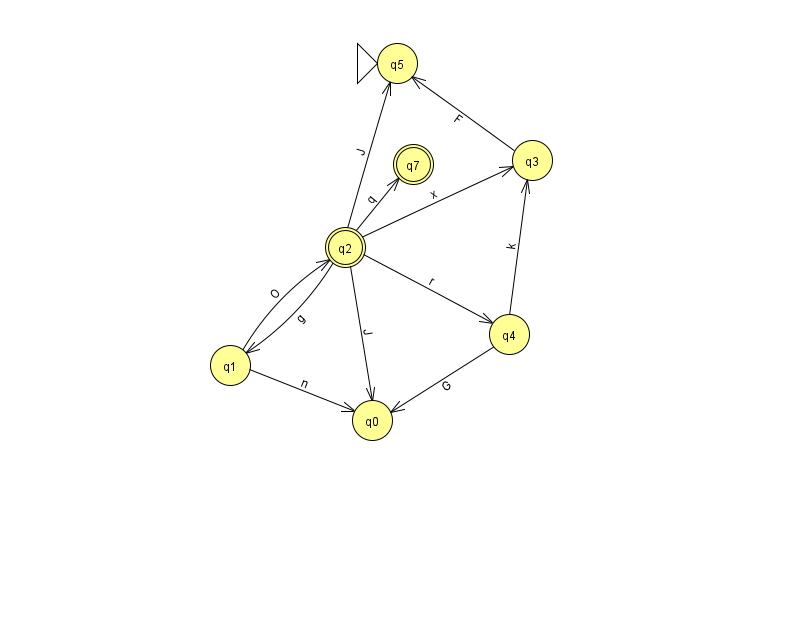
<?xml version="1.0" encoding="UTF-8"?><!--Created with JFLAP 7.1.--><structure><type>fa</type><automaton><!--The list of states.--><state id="0" name="q0"><x>372.0</x><y>407.0</y></state><state id="1" name="q1"><x>230.0</x><y>352.0</y></state><state id="2" name="q2"><x>345.0</x><y>234.0</y><final/></state><state id="3" name="q3"><x>532.0</x><y>147.0</y></state><state id="4" name="q4"><x>509.0</x><y>321.0</y></state><state id="5" name="q5"><x>397.0</x><y>50.0</y><initial/></state><state id="7" name="q7"><x>413.0</x><y>151.0</y><final/></state><!--The list of transitions.--><transition><from>2</from><to>3</to><read>x</read></transition><transition><from>2</from><to>5</to><read>J</read></transition><transition><from>1</from><to>0</to><read>n</read></transition><transition><from>2</from><to>0</to><read>J</read></transition><transition><from>2</from><to>1</to><read>g</read></transition><transition><from>3</from><to>5</to><read>F</read></transition><transition><from>4</from><to>0</to><read>G</read></transition><transition><from>2</from><to>4</to><read>r</read></transition><transition><from>4</from><to>3</to><read>k</read></transition><transition><from>1</from><to>2</to><read>O</read></transition><transition><from>2</from><to>7</to><read>q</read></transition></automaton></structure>